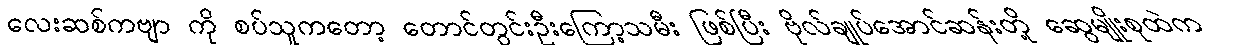
လေးဆစ်ကဗျာ ကို စပ်သူကတော့ တောင်တွင်းဦးကြော့သမီး ဖြစ်ပြီး ဗိုလ်ချုပ်အောင်ဆန်းတို့ ဆွေမျိုးစုထဲက